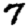
Digit: 7